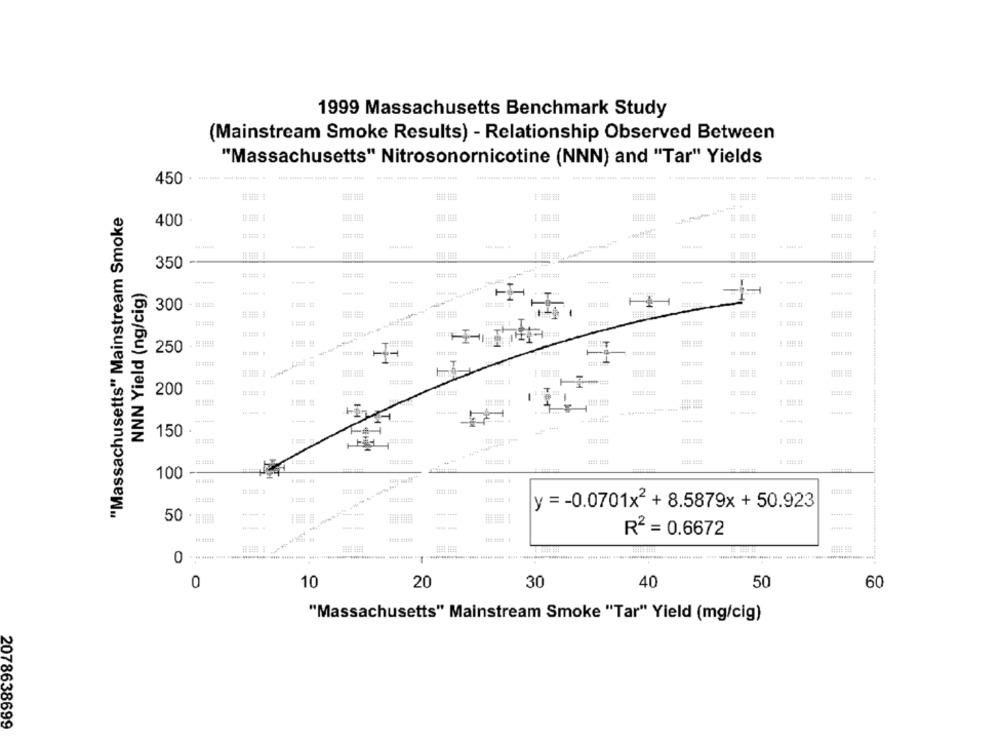
1999 Massachusetts Benchmark Study
(Mainstream Smoke Results) - Relationship Observed Between
"Massachusetts" Nitrosonornicotine (NNN) and "Tar" Yields
450
"Massachusetts" Mainstream Smoke
400
350
44
NNN Yield (ng/cig)
.T
300
-
### #
Fa-
250
11
== =
200
-
150 .
100
1181 1118
y =- 0.0701x2 + 8.5879x +50.923
50
R2 = 0.6672
0
0
10
20
30
40
50
60
"Massachusetts" Mainstream Smoke "Tar" Yield (mg/cig)
2078638699